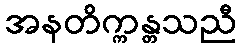
အနတိက္ကန္တသညီ